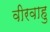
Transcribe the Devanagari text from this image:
वीरवाहु